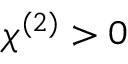
\chi ^ { ( 2 ) } > 0